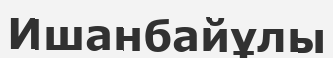
Ишанбайұлы